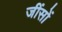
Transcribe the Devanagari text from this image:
जींसों